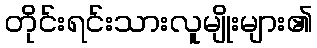
တိုင်းရင်းသားလူမျိုးများ၏